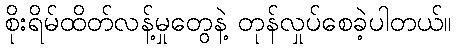
စိုးရိမ်ထိတ်လန့်မှုတွေနဲ့ တုန်လှုပ်စေခဲ့ပါတယ်။